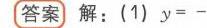
\textbf{答案} 解：(1) \(y = -\)